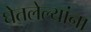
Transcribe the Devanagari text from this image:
घेतलेल्यांना